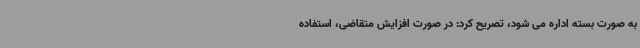
به صورت بسته اداره می شود، تصریح کرد: در صورت افزایش متقاضی، استفاده